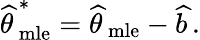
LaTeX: {\widehat{\theta\, }}_{\mathrm{mle}}^{*}={\widehat{\theta\, }}_{\mathrm{mle}}-{\widehat{b\, }}.